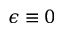
\epsilon \equiv 0